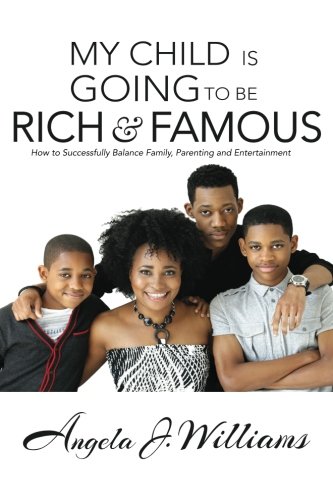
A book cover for My Child Is Going To Be Rich & Famous: How to Successfully Balance Family, Parenting and Entertainment; Angela J. Williams; Humor & Entertainment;